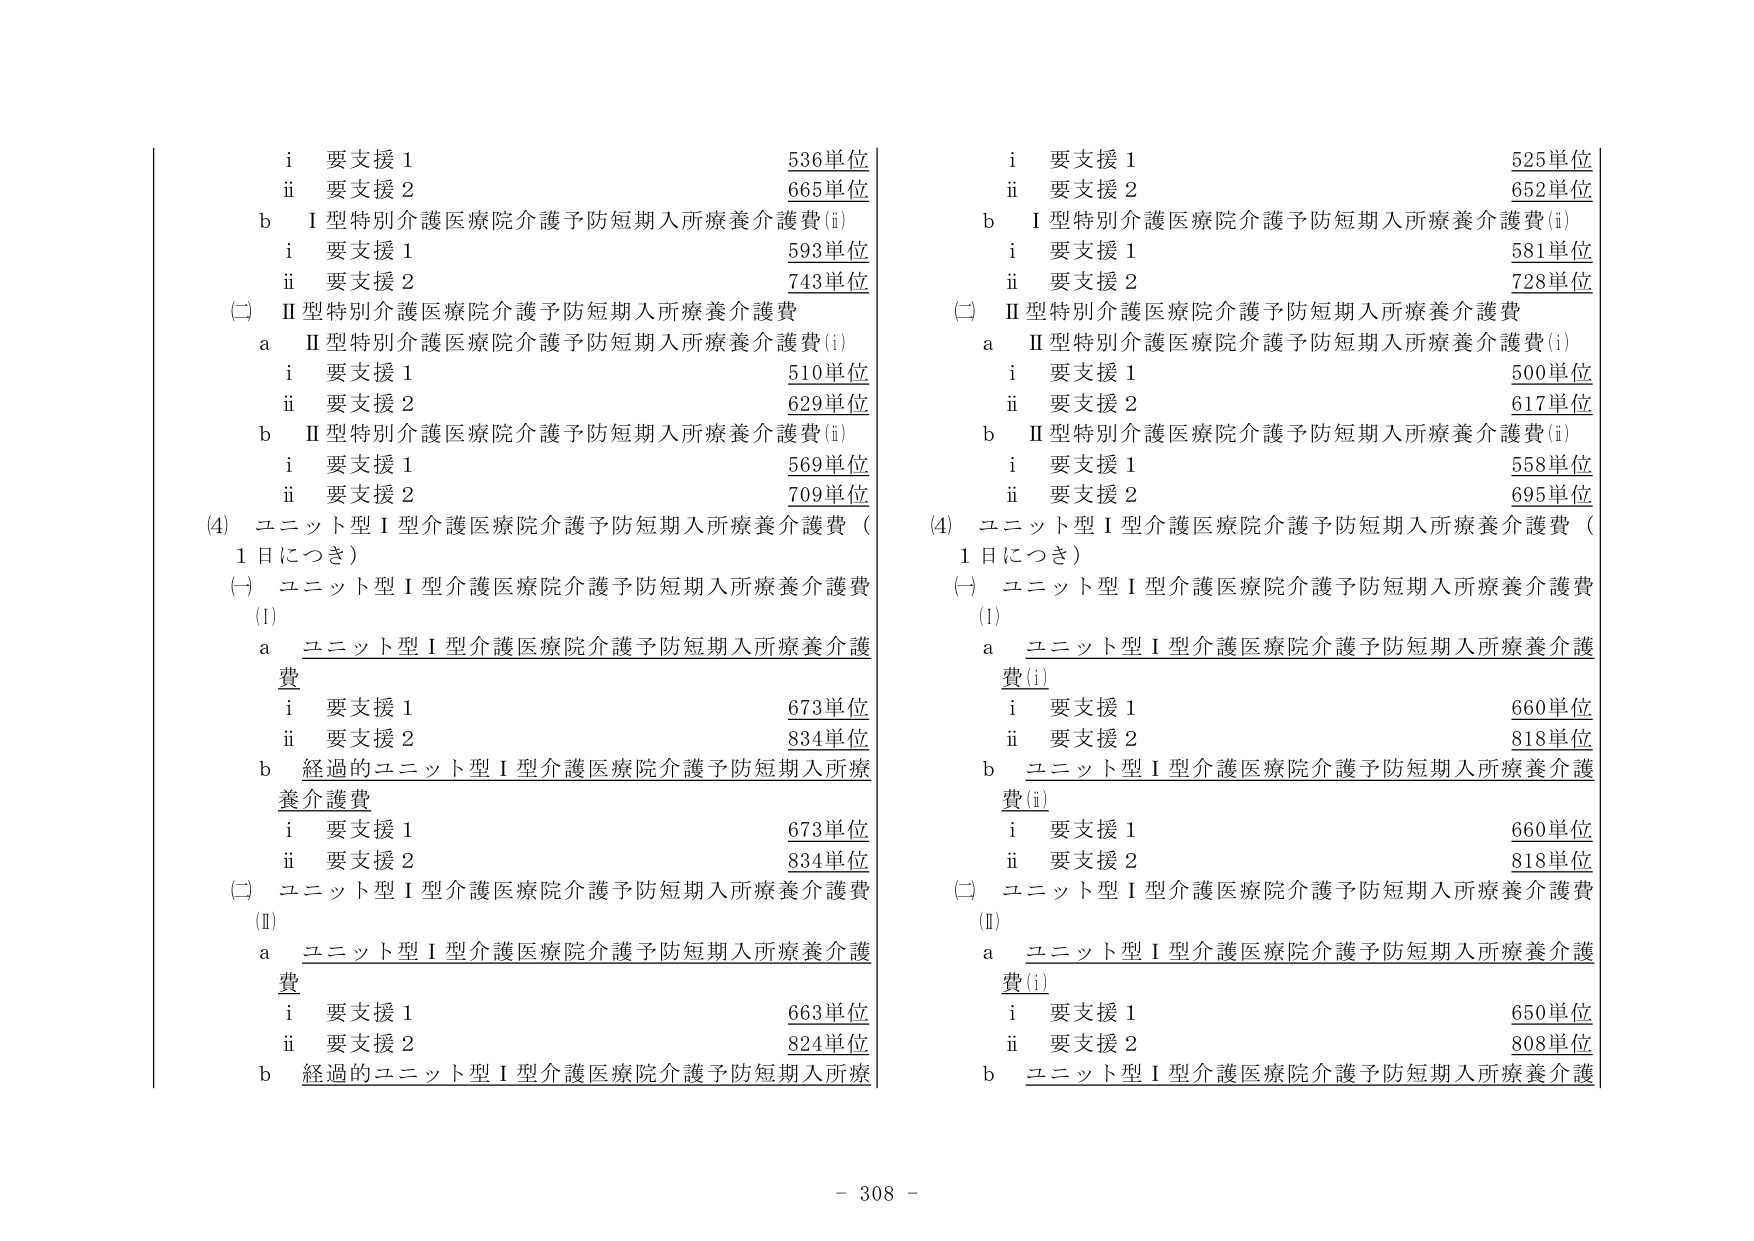
i 要支援 1 536単位
ii 要支援 2 665単位
b I型特別介護医療院介護予防短期入所療養介護費(i)
i 要支援 1 593単位
ii 要支援 2 743単位
(二) II型特別介護医療院介護予防短期入所療養介護費
a II型特別介護医療院介護予防短期入所療養介護費(i)
i 要支援 1 510単位
ii 要支援 2 629単位
b II型特別介護医療院介護予防短期入所療養介護費(ii)
i 要支援 1 569単位
ii 要支援 2 709単位
(4) ユニット型I型介護医療院介護予防短期入所療養介護費（1日につき）
(一) ユニット型I型介護医療院介護予防短期入所療養介護費
(Ⅰ)
a ユニット型I型介護医療院介護予防短期入所療養介護費
i 要支援 1 673単位
ii 要支援 2 834単位
b 経過的ユニット型I型介護医療院介護予防短期入所療養介護費
i 要支援 1 673単位
ii 要支援 2 834単位
(二) ユニット型I型介護医療院介護予防短期入所療養介護費
(Ⅱ)
a ユニット型I型介護医療院介護予防短期入所療養介護費
i 要支援 1 663単位
ii 要支援 2 824単位
b 経過的ユニット型I型介護医療院介護予防短期入所療

i 要支援 1 525単位
ii 要支援 2 652単位
b I型特別介護医療院介護予防短期入所療養介護費(i)
i 要支援 1 581単位
ii 要支援 2 728単位
(二) II型特別介護医療院介護予防短期入所療養介護費
a II型特別介護医療院介護予防短期入所療養介護費(i)
i 要支援 1 500単位
ii 要支援 2 617単位
b II型特別介護医療院介護予防短期入所療養介護費(ii)
i 要支援 1 558単位
ii 要支援 2 695単位
(4) ユニット型I型介護医療院介護予防短期入所療養介護費（1日につき）
(一) ユニット型I型介護医療院介護予防短期入所療養介護費
(Ⅰ)
a ユニット型I型介護医療院介護予防短期入所療養介護費(i)
i 要支援 1 660単位
ii 要支援 2 818単位
b ユニット型I型介護医療院介護予防短期入所療養介護費(ii)
i 要支援 1 660単位
ii 要支援 2 818単位
(二) ユニット型I型介護医療院介護予防短期入所療養介護費
(Ⅱ)
a ユニット型I型介護医療院介護予防短期入所療養介護費(i)
i 要支援 1 650単位
ii 要支援 2 808単位
b ユニット型I型介護医療院介護予防短期入所療養介護

- 308 -